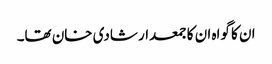
ان کا گواہ ان کا جمعدار شادی خان تھا۔